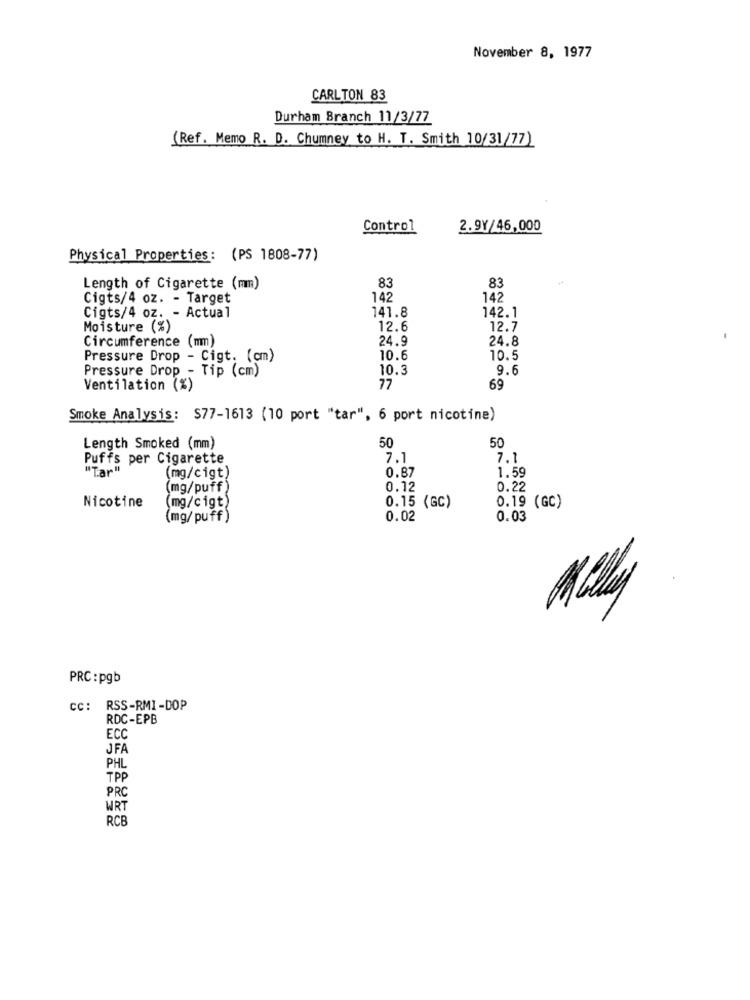
November 8, 1977
CARLTON 83
Durham Branch 11/3/77
(Ref. Memo R. D. Chumney to H. T. Smith 10/31/77)
Control
2.9Y/46,000
Physical Properties: (PS 1808-77)
83
83
Length of Cigarette (mm)
Cigts/4 oz. - Target
142
142
Cigts/4 oz. - Actual
142.1
141.8
Moisture (%)
12.6
12.7
Circumference (mm)
24.9
24.8
Pressure Drop - Cigt. (cm)
10.6
10.5
Pressure Drop - Tip (cm)
10.3
9.6
Ventilation (%)
77
69
Smoke Analysis: $77-1613 (10 port "tar", 6 port nicotine)
50
50
Length Smoked (mm)
Puffs per Cigarette
7.1
7.1
"Tar"
1.59
(mg/cigt)
0.87
(mg/puff)
0.12
0.22
0.15 (GC)
Nicotine
(mg/c igt)
0.19 (GC)
(mg/puff)
0.02
0.03
Miley
PRC :pgb
cc:
RSS-RMI-DOP
RDC-EPB
ECC
JFA
PHL
TPP
PRO
WRT
RCB